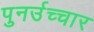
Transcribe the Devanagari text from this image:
पुनर्उच्चार